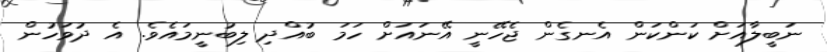
ނަބީލާއަށް ކަންކަން އެނގެން ޖެހޭނީ އޭނައަށް ހަމަ ބުއްދި ލިބުނީމައެވެ. އެ ދުވަހުން